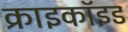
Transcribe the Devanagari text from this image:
क्राइकॉइड